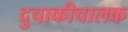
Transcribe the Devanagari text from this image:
दुचाकीचालक